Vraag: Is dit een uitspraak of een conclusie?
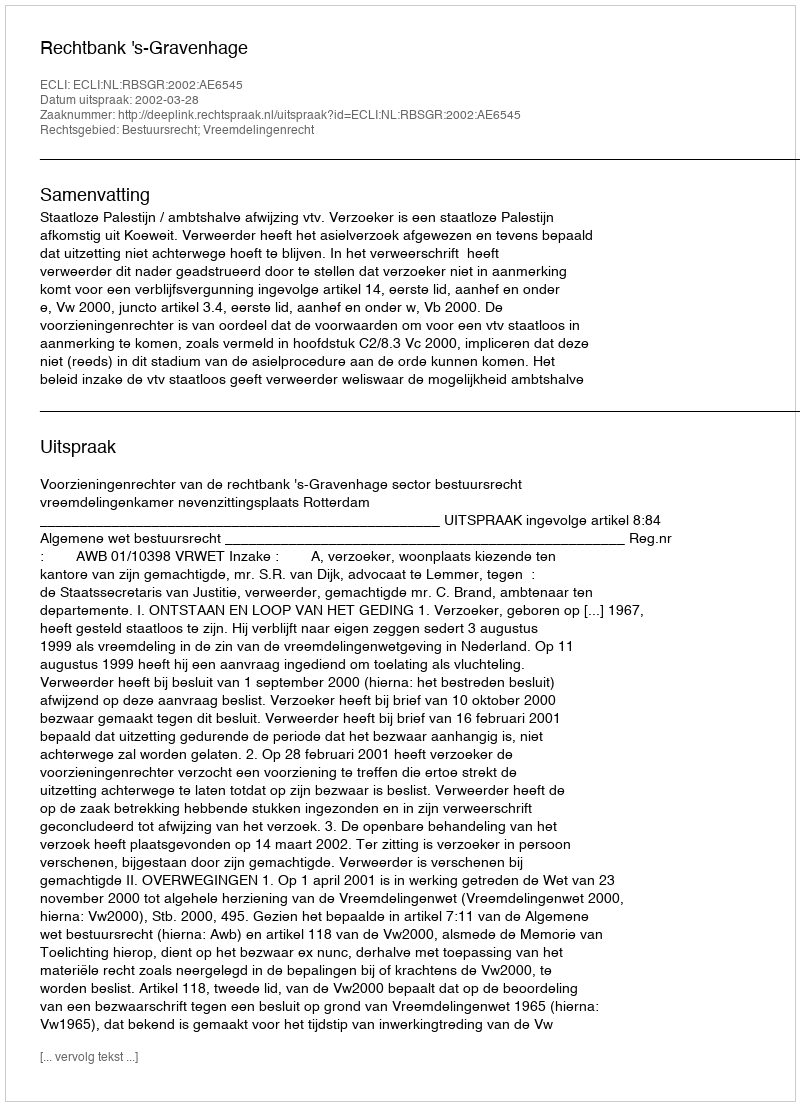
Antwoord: Uitspraak